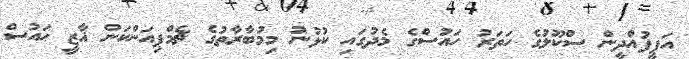
އަފީފުއްދީން ސްކޫލުގެ ހަތަރު ހައުސްގެ މެދުގައި ކުޅުނު މިމުބާރާތުގެ ޗެމްޕިއަންކަން ޣާޒީ ހައުސް